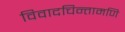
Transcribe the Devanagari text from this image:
विवादचिन्तामणि